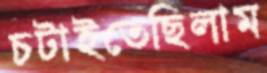
চটাইতেছিলাম